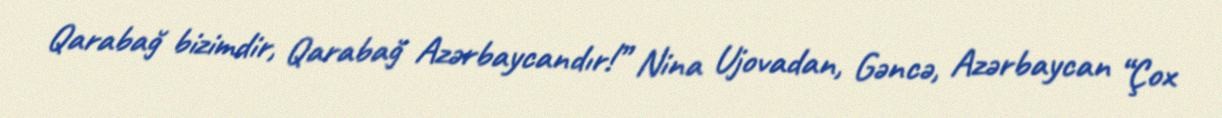
Qarabağ bizimdir, Qarabağ Azərbaycandır!” Nina Ujovadan, Gəncə, Azərbaycan “Çox